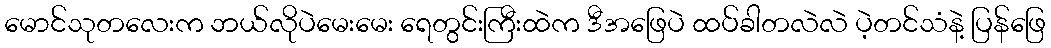
မောင်သုတလေးက ဘယ်လိုပဲမေးမေး ရေတွင်းကြီးထဲက ဒီအဖြေပဲ ထပ်ခါတလဲလဲ ပဲ့တင်သံနဲ့ ပြန်ဖြေ